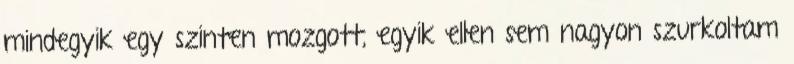
mindegyik egy szinten mozgott, egyik ellen sem nagyon szurkoltam